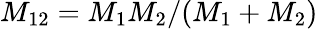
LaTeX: M_{12}=M_{1}M_{2}/(M_{1}+M_{2})